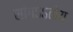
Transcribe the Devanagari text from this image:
सांगऽऽतोय